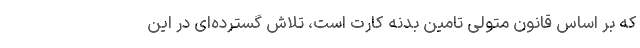
که بر اساس قانون متولی تامین بدنه کارت است، تلاش گسترده‌ای در این